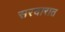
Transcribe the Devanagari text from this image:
सरदारात